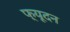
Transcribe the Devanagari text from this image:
फ्यूदन